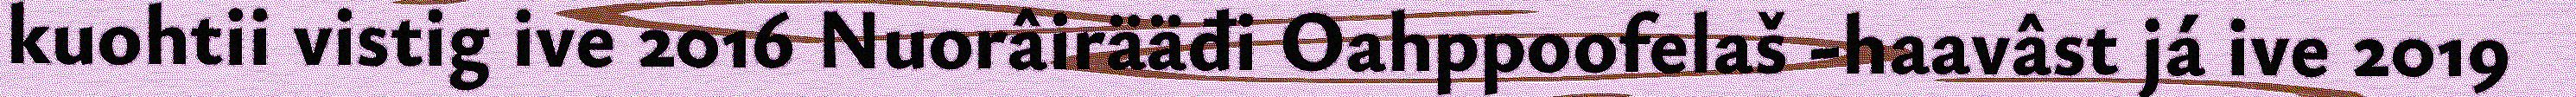
kuohtii vistig ive 2016 Nuorâirääđi Oahppoofelaš -haavâst já ive 2019